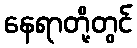
နေရာတို့တွင်